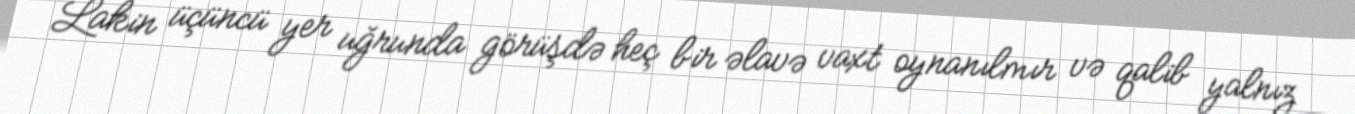
Lakin üçüncü yer uğrunda görüşdə heç bir əlavə vaxt oynanılmır və qalib yalnız